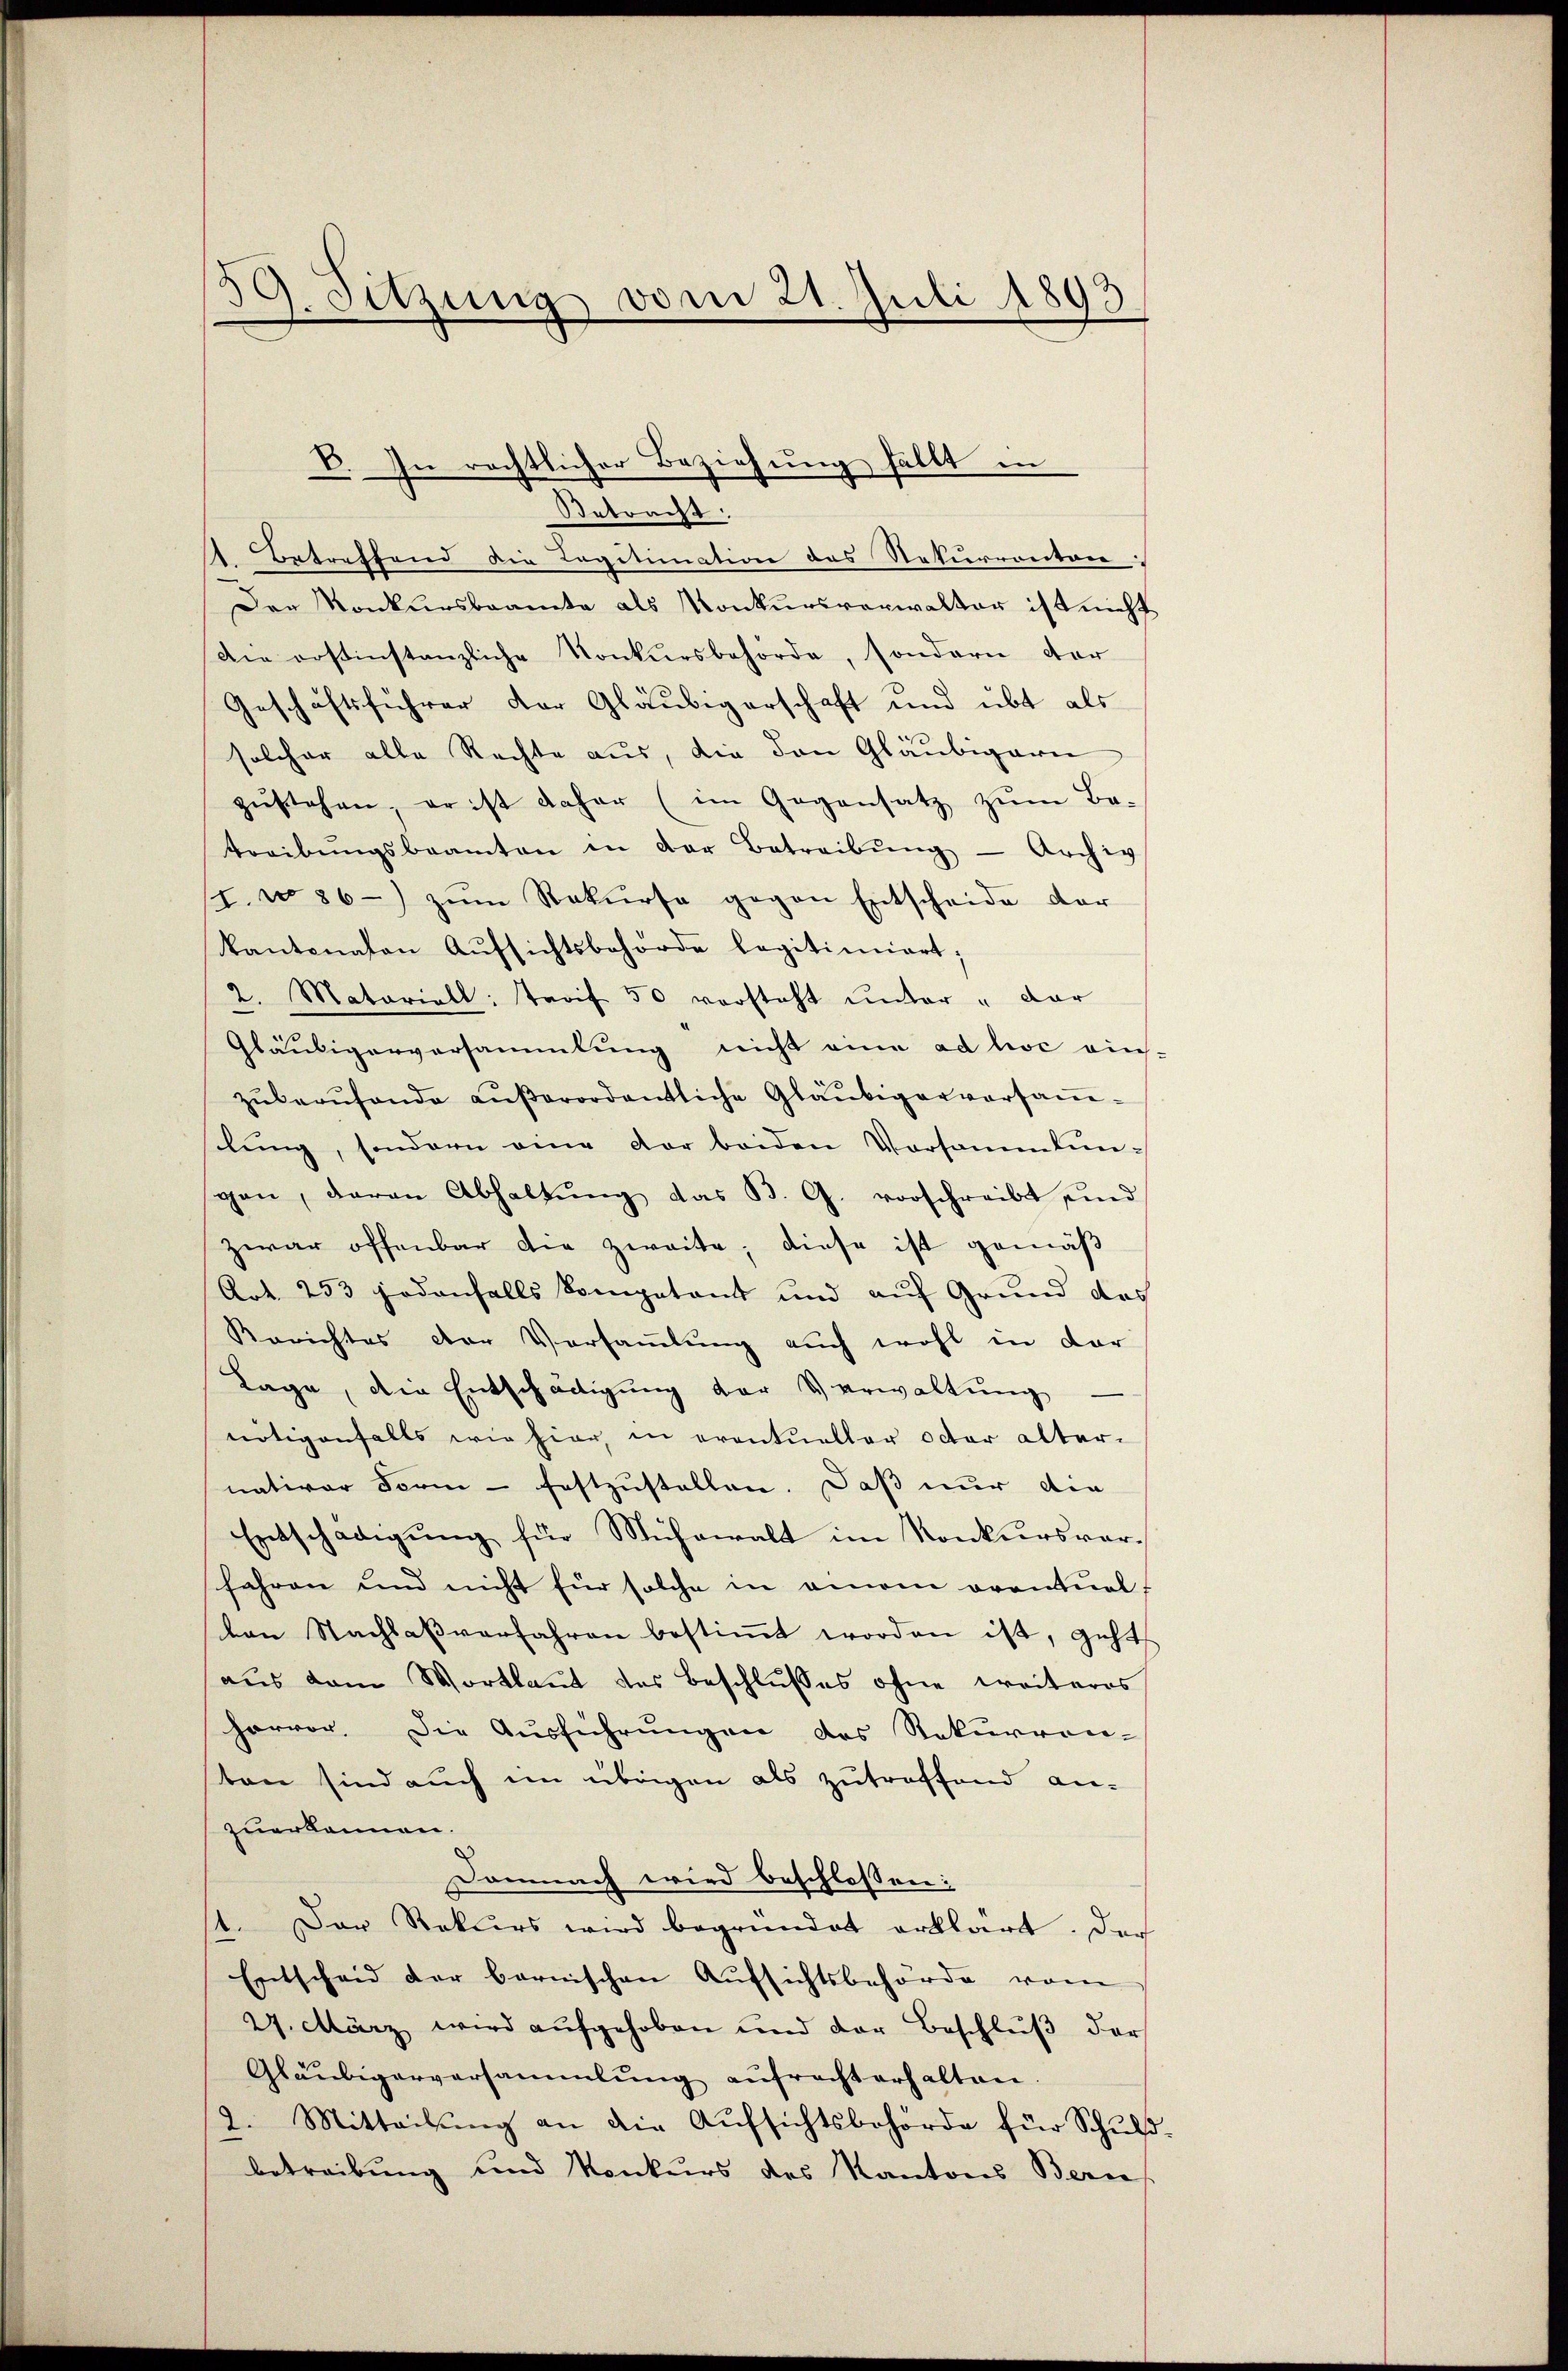
39. Sitzung vom 21. Juli 1893.

Betracht:
1. Betreffend die Legitimation des Nekurrenton
Der Konkursbeamte als Konkursverwalter ist nicht
Die erstinstanzliche Konkursbehörde, sondern der
Geschäftsführer der Gläubigerschaft und übt als
solcher alle Rechte aus, die den Gläubigern
zŭstehen, er ist daher (im Gegensatz zum Be-
treibŭngsbeamten in der Betreibŭng - Archiv
/7. No 86) zum Rekurse gegen Entscheide der
kantonalen Aŭfsichtsbehörde legitimiert;
2. Matariell: Tarif 50 versteht ŭnter " dar
Gläubigerversammlung nicht eine ad hoc eins-
zŭberŭfende aŭβerordentliche Gläubigerversaṁ-
silŭng, sondern eine der beiden Vorsammlungan, daran Abhaltŭng das B. G. vorschreibt und
Zwar offenbar die zweite, diese ist gemäß
Art. 253 jedenfalls kompetent und auf Grund des
Berichtes der Versaṁlŭng auch wohl in dar
Lage, die Entschädigung der Verwaltung
nötigenfalls wie hier, in eventueller octor alter-
nativer Form - festzustellen. Daß nur die
Entschädigung für Mühewalt im Konkursver¬
Jahren und nicht für solche in einem orantualf
von Nachlaβ verfahren bestiṁt worden ist, geht
aus dem Wortlaut des Beschlusses ohne weiteres
hervor. Die Aŭsführŭngen des Rekurren-
sten sind auch im übrigen als zutreffend an-
zuerkennen.
Demnach wird beschlossen:
1. Der Rekurs wird begründet erklärt. Der
Entscheid der bernischen Aŭfsichtsbehörde vom
27. März wird aŭfgehoben und der Beschlŭβ der
Gläubigerversammlung aŭfrecht erhalten.
2. Mitteilŭng an die Aŭfsichtsbehörde für Schulbetreibung und Konkurs des Kantons Bern.

V. In rechtlicher Beziehung fällt in